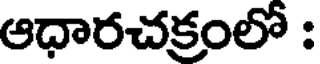
ఆధారచక్రంలో :